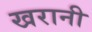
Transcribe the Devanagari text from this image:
खरानी